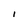
Character: 1